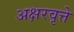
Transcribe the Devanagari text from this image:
अक्षरवृत्ते